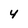
Character: 4